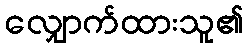
လျှောက်ထားသူ၏